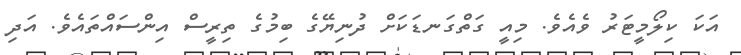
އަކަ ކިލޯމީޓަރު ވެއެވެ. މިއީ ގަތްގަނޑަކަށް ދުނިޔޭގެ ބިމުގެ ތިރީސް އިންސައްތައެވެ. އަދި